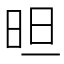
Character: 㫜